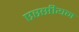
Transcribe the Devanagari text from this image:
एस्सीयन